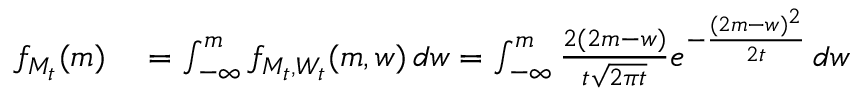
\begin{array} { r l } { f _ { M _ { t } } ( m ) } & { { } = \int _ { - \infty } ^ { m } f _ { M _ { t } , W _ { t } } ( m , w ) \, d w = \int _ { - \infty } ^ { m } { \frac { 2 ( 2 m - w ) } { t { \sqrt { 2 \pi t } } } } e ^ { - { \frac { ( 2 m - w ) ^ { 2 } } { 2 t } } } \, d w } \end{array}